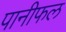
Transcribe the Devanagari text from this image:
पानीफल